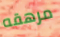
مرهقه